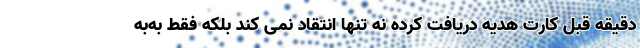
دقیقه قبل کارت هدیه دریافت کرده نه تنها انتقاد نمی کند بلکه فقط به‌به‌